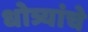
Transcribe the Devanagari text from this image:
धोत्र्यांचे